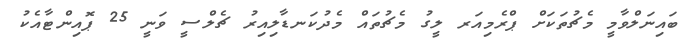
ބައިނަލްވާމީ މެޗުތަކަށް ޕްރެމިއަރ ލީގު މެޗުތައް މެދުކަނޑާލިއިރު ޗެލްސީ ވަނީ 25 ޕޮއިންޓާއެކު